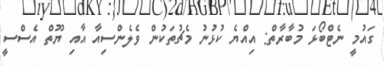
ގައުމީ ނެޓްބޯޅަ މުބާރާތް: އިއްޔެ ކުޅުނު މެޗުތަކުން ވެލެންސިއާ އާއި ޔޫތް އެސްސީ